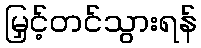
မြှင့်တင်သွားရန်